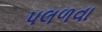
પલળવા